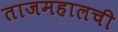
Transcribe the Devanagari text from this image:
ताजमहालची